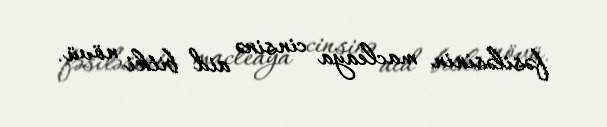
fəsiləsinin macleaya cinsinə aid bitki növü.